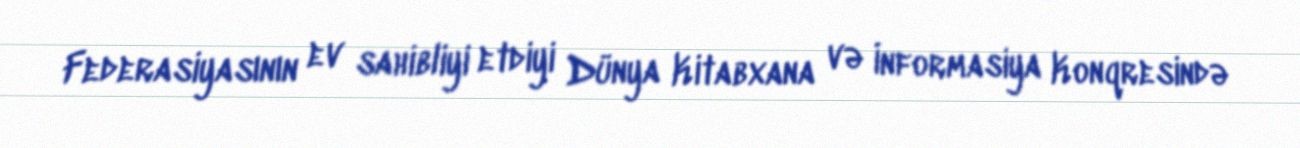
Federasiyasının ev sahibliyi etdiyi Dünya Kitabxana və İnformasiya Konqresində